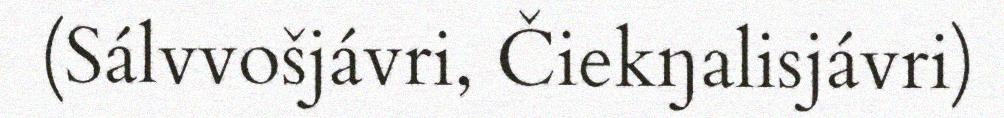
(Sálvvošjávri, Čiekŋalisjávri)